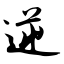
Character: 逆